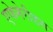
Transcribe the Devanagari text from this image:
एफेमेरीडस